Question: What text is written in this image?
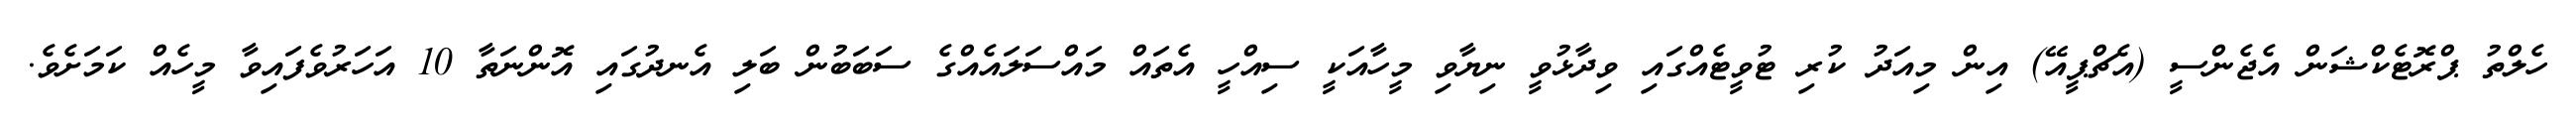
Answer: ހެލްތު ޕްރޮޓެކްޝަން އެޖެންސީ (އެޗްޕީއޭ) އިން މިއަދު ކުރި ޓުވީޓެއްގައި ވިދާޅުވީ ނިޔާވި މީހާއަކީ ސިއްހީ އެތައް މައްސަލައެއްގެ ސަބަބުން ބަލި އެނދުގައި އޮންނަތާ 10 އަހަރުވެފައިވާ މީހެއް ކަމަށެވެ.